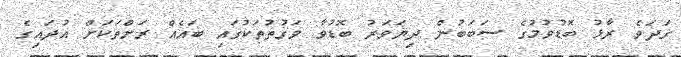
ގަދަވެ ރާޅު ބޮޑުވުމުގެ ސަބަބުން ދިޔަވަރު ބޮޑުވާ ވަގުތުތަކުގައި ބައެއް ރަށްތަކަށް އުދައިގެ